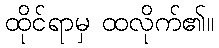
ထိုင်ရာမှ ထလိုက်၏။